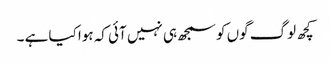
کچھ لوگ گوں کو سمجھ ہی نہیں آئی کہ ہوا کیا ہے ۔